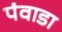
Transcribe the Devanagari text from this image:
पंवाडा